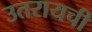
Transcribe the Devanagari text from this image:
उतरायची